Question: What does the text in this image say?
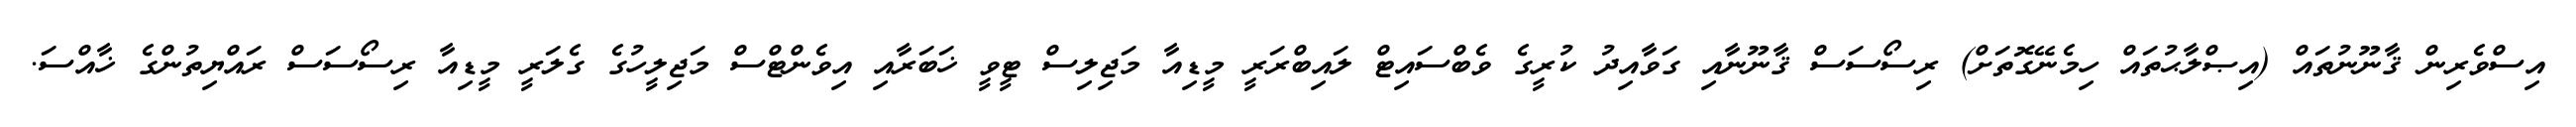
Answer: އިސްވެރިން ޤާނޫނުތައް (އިޞްލާޙުތައް ހިމެނޭގޮތަށް) ރިސޯސަސް ޤާނޫނާއި ގަވާއިދު ކުރީގެ ވެބްސައިޓް ލައިބްރަރީ މީޑިއާ މަޖިލިސް ޓީވީ ޚަބަރާއި އިވެންޓްސް މަޖިލީހުގެ ގެލަރީ މީޑިއާ ރިސޯސަސް ރައްޔިތުންގެ ޚާއްސަ.